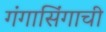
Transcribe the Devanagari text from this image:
गंगासिंगाची